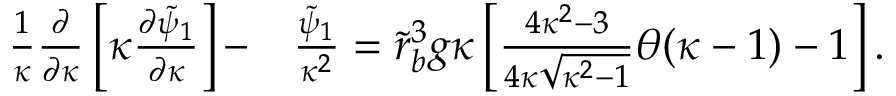
\begin{array} { r l } { \frac { 1 } { \kappa } \frac { \partial } { \partial \kappa } \left[ \kappa \frac { \partial \tilde { \psi } _ { 1 } } { \partial \kappa } \right] - } & { \frac { \tilde { \psi } _ { 1 } } { \kappa ^ { 2 } } = \tilde { r } _ { b } ^ { 3 } g \kappa \left[ \frac { 4 \kappa ^ { 2 } - 3 } { 4 \kappa \sqrt { \kappa ^ { 2 } - 1 } } \theta ( \kappa - 1 ) - 1 \right] . } \end{array}